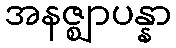
အနဇ္ဈာပန္နာ